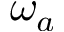
\omega _ { a }